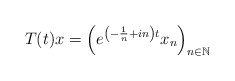
\begin{align*}T(t)x = \left(e^{\left(-\frac{1}{n} + i n\right)t} x_n\right)_{n \in \mathbb{N}}\end{align*}